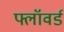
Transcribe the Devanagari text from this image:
फ्लॉवर्ड